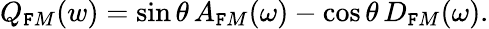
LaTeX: Q_{\mathtt{F}M}(w)=\sin\theta\, A_{\mathtt{F}M}(\omega)-\cos\theta\, D_{\mathtt{F}M}(\omega).